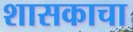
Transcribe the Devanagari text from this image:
शासकाचा